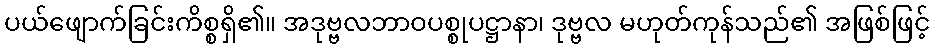
ပယ်ဖျောက်ခြင်းကိစ္စရှိ၏။ အဒုဗ္ဗလဘာဝပစ္စုပဋ္ဌာနာ၊ ဒုဗ္ဗလ မဟုတ်ကုန်သည်၏ အဖြစ်ဖြင့်